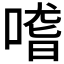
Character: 𠺳